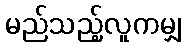
မည်သည့်လူကမျှ